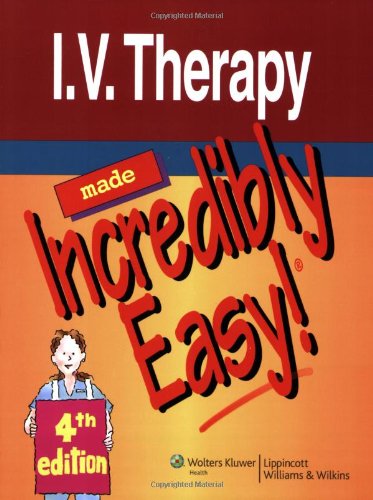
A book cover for I.V. Therapy Made Incredibly Easy! (Incredibly Easy! SeriesÂ®); Lippincott Williams &  Wilkins; Medical Books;